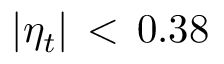
| \eta _ { t } | \, < \, 0 . 3 8